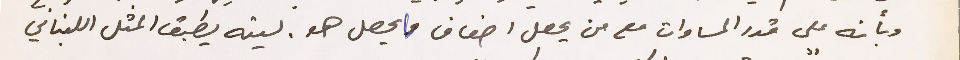
وبأنه على قدر المساوات مع من يحصل اضعاف ما يحصل هو. ليته يطبق المثل اللبناني